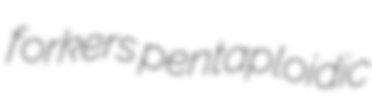
forkers pentaploidic